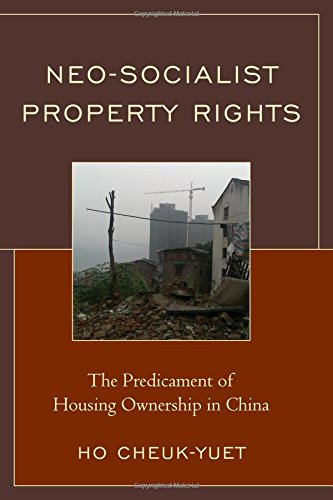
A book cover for Neo-Socialist Property Rights: The Predicament of Housing Ownership in China; Cheuk-Yuet Ho; Law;